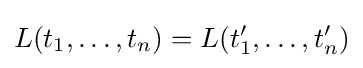
L(t_{1},\ldots ,t_{n})=L(t_{1}',\ldots ,t_{n}')